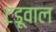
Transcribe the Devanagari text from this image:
टंडूवाल